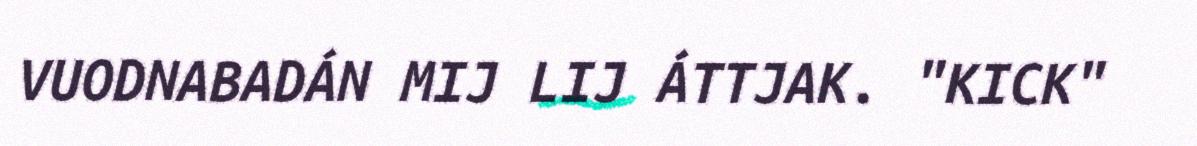
VUODNABADÁN MIJ LIJ ÁTTJAK. "KICK"